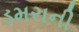
ડમરાની